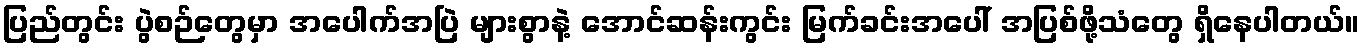
ပြည်တွင်း ပွဲစဉ်တွေမှာ အပေါက်အပြဲ များစွာနဲ့ အောင်ဆန်းကွင်း မြက်ခင်းအပေါ် အပြစ်ဖို့သံတွေ ရှိနေပါတယ်။